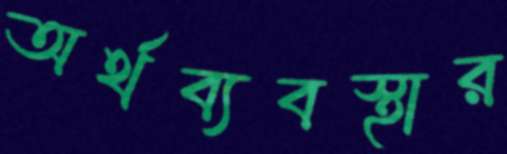
অর্থব্যবস্থার